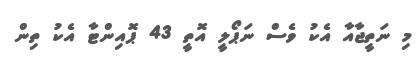
މި ނަތީޖާއާ އެކު ވެސް ނަޕޯލީ އޮތީ 43 ޕޮއިންޓާ އެކު ތިން